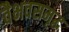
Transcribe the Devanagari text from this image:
वैभवसमृद्ध